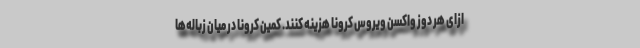
ازای هر دوز واکسن ویروس کرونا هزینه کنند. کمین کرونا در میان زباله‌ها